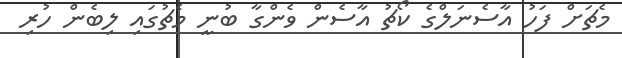
މެޗަށް ފަހު އާސެނަލްގެ ކޯޗު އާސެން ވެންގާ ބުނީ މެޗުގައި ލިބެން ހުރި